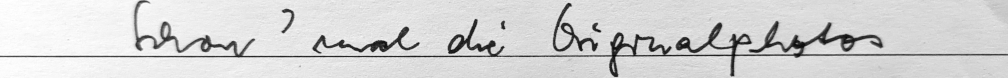
Schon ' mal die Originalphotos